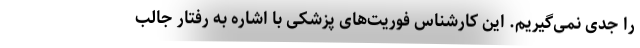
را جدی نمی‌گیریم. این کارشناس فوریت‌های پزشکی با اشاره به رفتار جالب